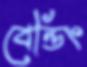
বেন্ডিং